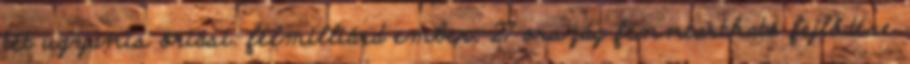
tét ugyanis óriási: félmilliárd ember, 27 ország fenntartható fejlődése